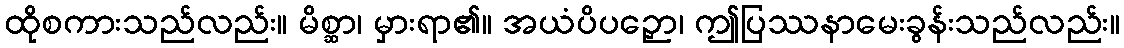
ထိုစကားသည်လည်း။ မိစ္ဆာ၊ မှားရာ၏။ အယံပိပဉှော၊ ဤပြဿနာမေးခွန်းသည်လည်း။